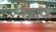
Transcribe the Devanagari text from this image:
संधवा